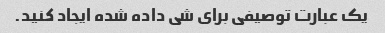
یک عبارت توصیفی برای شی داده شده ایجاد کنید.